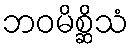
ဘဝမိစ္ဆိသံ